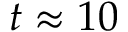
t \approx 1 0